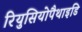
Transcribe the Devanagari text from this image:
रियुसियोपैथाइडि